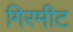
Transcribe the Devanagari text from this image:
गिरमीट